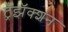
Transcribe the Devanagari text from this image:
ट्रँझॅक्शन